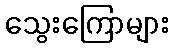
သွေးကြောများ